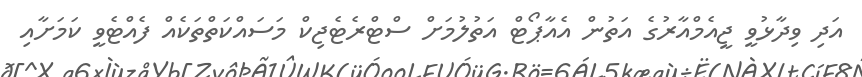
އަދި ވިދާޅުވީ ޖީއެމްއާރުގެ އަތުން އެއާޕޯޓް އަތުލުމަށް ސްޓްރެޓެޖިކް މަސައްކަތްތަކެއް ފެއްޓެވީ ކަމަށާއި